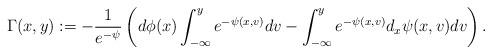
LaTeX: \begin{align*}\Gamma(x,y) := -\frac{1}{e^{-{\psi}}} \left( d \phi(x) \int_{-\infty}^y e^{-{\psi(x,v) }}dv - \int_{-\infty}^y e^{-{\psi(x,v)}} d_x {\psi} (x,v) dv \right).\end{align*}